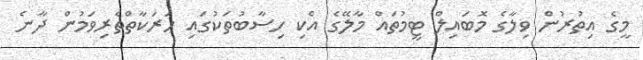
މީގެ އިތުރުން ވިލާގެ މޮބައިލް ޓީމުތައް މާލޭގެ އެކި ހިސާބުތަކުގައި ހަރަކާތްތެރިވަމުން ދާނެ